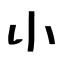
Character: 小